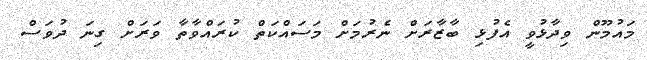
މައުމޫން ވިދާޅުވީ އެފުޅި ބާޒާރަށް ނެރުމަށް މަސައްކަތް ކުރައްވާތާ ވަރަށް ގިނަ ދުވަސް